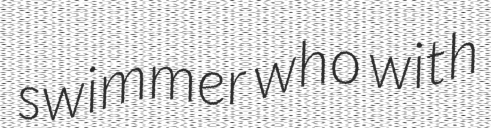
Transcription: swimmer who with